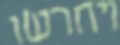
ויחרשו